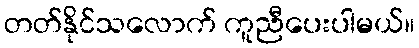
တတ်နိုင်သလောက် ကူညီပေးပါမယ်။